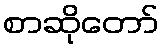
စာဆိုတော်